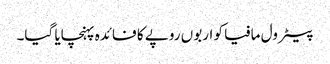
پیٹرول مافیا کو اربوں روپے کا فائدہ پہنچایا گیا۔